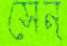
সেন্